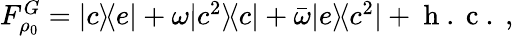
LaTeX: \begin{array}{r}{F_{\rho_{0}}^{G}=|c\rangle\! \langle e|+\omega|c^{2}\rangle\! \langle c|+\bar{\omega}|e\rangle\! \langle c^{2}|+\mathrm{~h~.~c~.~},}\end{array}